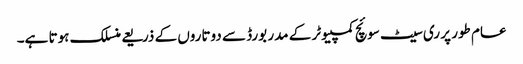
عام طور پر ری سیٹ سوئچ کمپیوٹر کے مدر بورڈ سے دوتاروں کے ذریعے منسلک ہوتا ہے۔